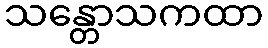
သန္တောသကထာ